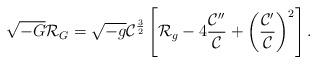
LaTeX: \begin{align*}\sqrt{-G}{\cal R}_G=\sqrt{-g}{\cal C}^{3\over 2}\left[{\cal R}_g-4{{{\cal C}^{\prime\prime}}\over{\cal C}}+\left({{{\cal C}^{\prime}}\over{\cal C}}\right)^2\right].\end{align*}